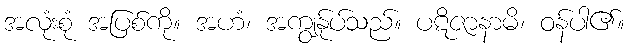
အလုံးစုံ အပြစ်ကို။ အဟံ၊ အကျွန်ုပ်သည်။ ပဋိဇာနာမိ၊ ဝန်ပါ၏။